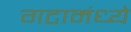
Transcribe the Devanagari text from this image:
गटामंध्ये